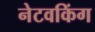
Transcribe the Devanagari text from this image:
नेटवकिंग